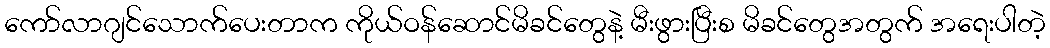
ကော်လာဂျင်သောက်ပေးတာက ကိုယ်ဝန်ဆောင်မိခင်တွေနဲ့ မီးဖွားပြီးစ မိခင်တွေအတွက် အရေးပါတဲ့